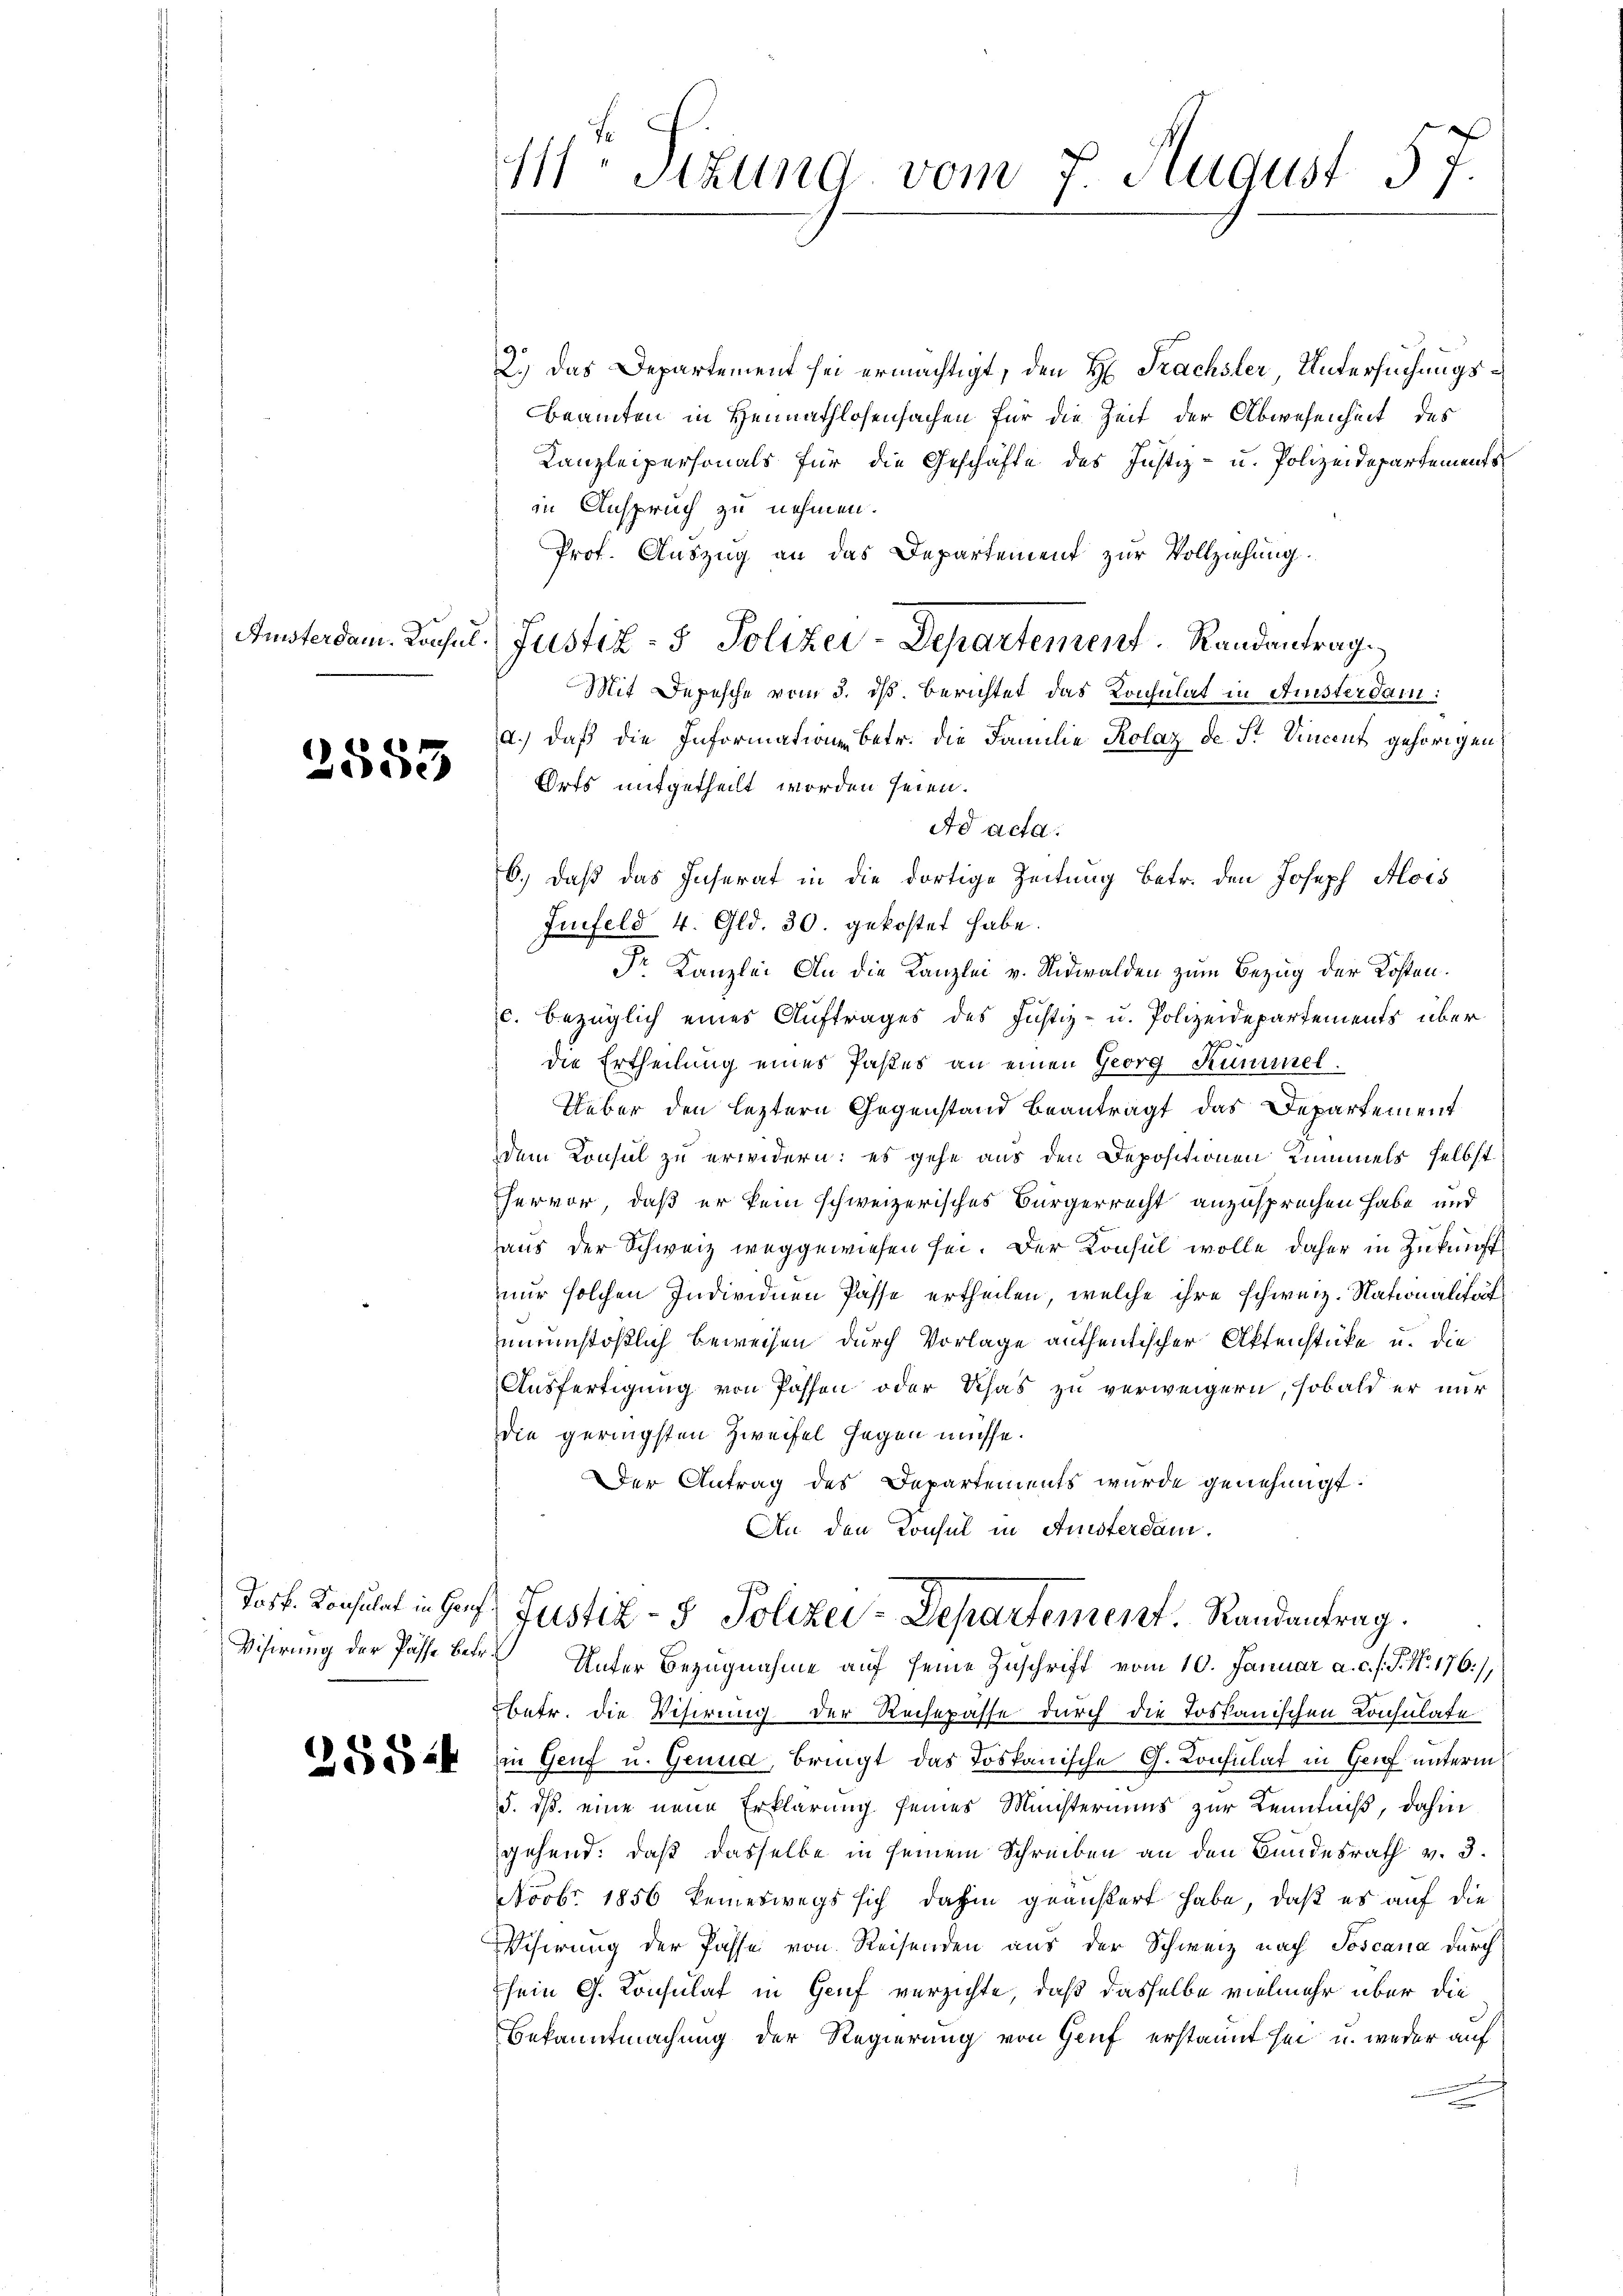
2553

Jasf. Konsulat in Genf
Visirung der Pässe betr.

25524

111. Sitzung vom 7. August 57.

2.) Das Departement sei ermächtigt, den H. Trächster, Untersuchungs¬
Beamten in Heimathlosensachen für die Zeit der Abwesenheit des
Kanzleipersonals für die Geschäfte des Justiz- u. Polizeidepartements
in Anspruch zu nehmen.
Prof. Auszug an das Departement zur Vollziehung.
Austerdam. Konsul Justiz- & Polizei-Departement.   Randantrag
Mit Depesche vom 3. ds Berichtet das Konsulat in Aristerdam:
a.) Daß die Informationen betr. die Familie Kolaz de St Vincent gehörigen
Orts mitgetheilt worden seien.
Ad acta.
6.) Daß das Inserat in die dortige Zeitung betr. den Joseph Alois
Infeld 4. Gld. 30. gekostet habe.
Dr Kanzlei An die Kanzlei v. Nidwalden zum Bezug der Kosten.
c. bezüglich eines Auftrages des Justiz- u. Polizeidepartements über
die Ertheilung eines Pastes an einen Georg Kümmel.
Ueber den leztern Gegenstand beanträgt das Departement
dem Konsul zu erwidern; es gehe aus den Depositionen Kummels selbst
hervor, daß er kein schweizerisches Bürgerrecht anzusprechen habe, und
aus der Schweiz weggewiesen sei. Der Konsul wolle daher in Zukunft
nur solchen Individuen Pässe ertheilen, welche ihre schweiz. Nationalitätunrunstößlich beweisen durch Vorlage authentischer Aktenstücke u. die
Ausfertigung von Possen oder Schas zu verweigern, sobald er nur
die geringsten Zweifel gegen müsse.
Der Antrag des Departements wurde genehmigt.
An den Konsul in Aristerdam.

Justiz- & Polizei-Departement. Randantrag.
Unter Bezugnahme auf seine Zuschrift vom 10. Januar a. c. s. S. Nr. 176),

betr. die Visirung der Rechepasse durch die Toskanischen Consulate
in Genf u. Genua, bringt das Tospanische G. Konsulat in Genf unterm
§. dß. eine neue Erklärung seines Ministeriums zur Kenntniß, dahin
gehend: daß dasselbe in seinem Schreiben an den Bundesrath v. 3.
Novbr. 1856 keineswegs sich dahin geäußert habe, daß es auf die
Wisirung der Pässe von Reisenden aus der Schweiz nach Toscana durch
sein G. Konsulat in Genf verzichte, daß dasselbe vielmehr über die
Bekanntmachung der Regierung von Genf erstannt sei u. weder auf